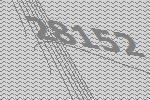
28152